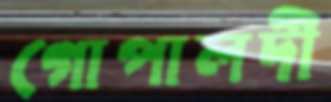
গোপালদী